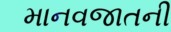
માનવજાતની